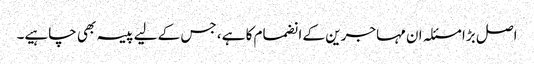
اصل بڑا مسئلہ ان مہاجرین کے انضمام کا ہے، جس کے لیے پیسہ بھی چاہیے۔